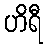
ဟိရီ